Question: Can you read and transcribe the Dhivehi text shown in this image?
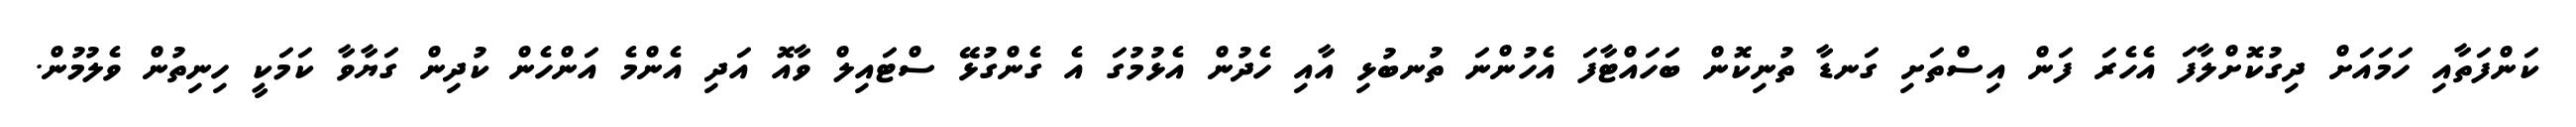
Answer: ކަންފަތާއި ހަމައަށް ދިގުކޮށްލާފަ އެހެރަ ފަން އިސްތަށި ގަނޑާ ތުނިކޮން ބަހައްޓާފަ އެހުންނަ ތުނބުޅި އާއި ހެދުން އެޅުމުގަ އެ ގެންގުޅޭ ސްޓައިލް ވާއޮ އަދި އެންމެ އަންހެން ކުދިން ގަޔާވާ ކަމަކީ ހިނިތުން ވެލުމުން.